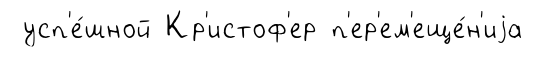
усп'е́шной Кр'истоф'ер п'ер'ем'еще́н'иjа